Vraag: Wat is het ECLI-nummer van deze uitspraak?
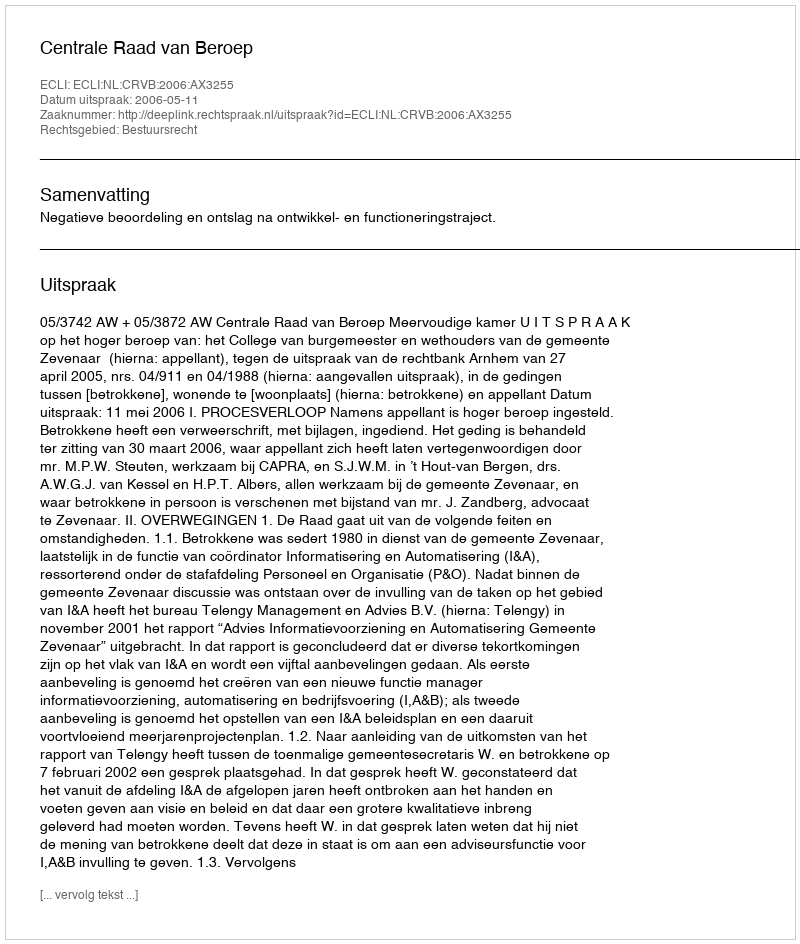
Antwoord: ECLI:NL:CRVB:2006:AX3255